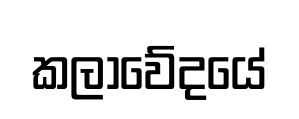
කලාවේදයේ